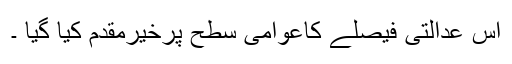
اس عدالتی فیصلے کاعوامی سطح پرخیرمقدم کیا گیا ۔